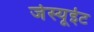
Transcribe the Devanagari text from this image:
जेस्यूईट